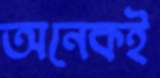
অনেকই